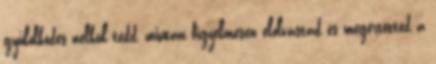
gyűlölködés nélkül tedd, miután figyelmesen elolvastad és megértetted a